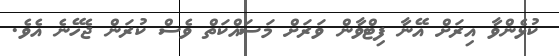
ކުޅެންވާ އިރަށް އޭނާ ފިޓްވާން ވަރަށް މަސައްކަތް ވެސް ކުރަން ޖެހޭނެ އެވެ.